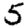
Digit: 5